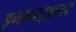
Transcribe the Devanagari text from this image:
इन्फ्रास्ट्रकचर